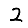
Digit: 2